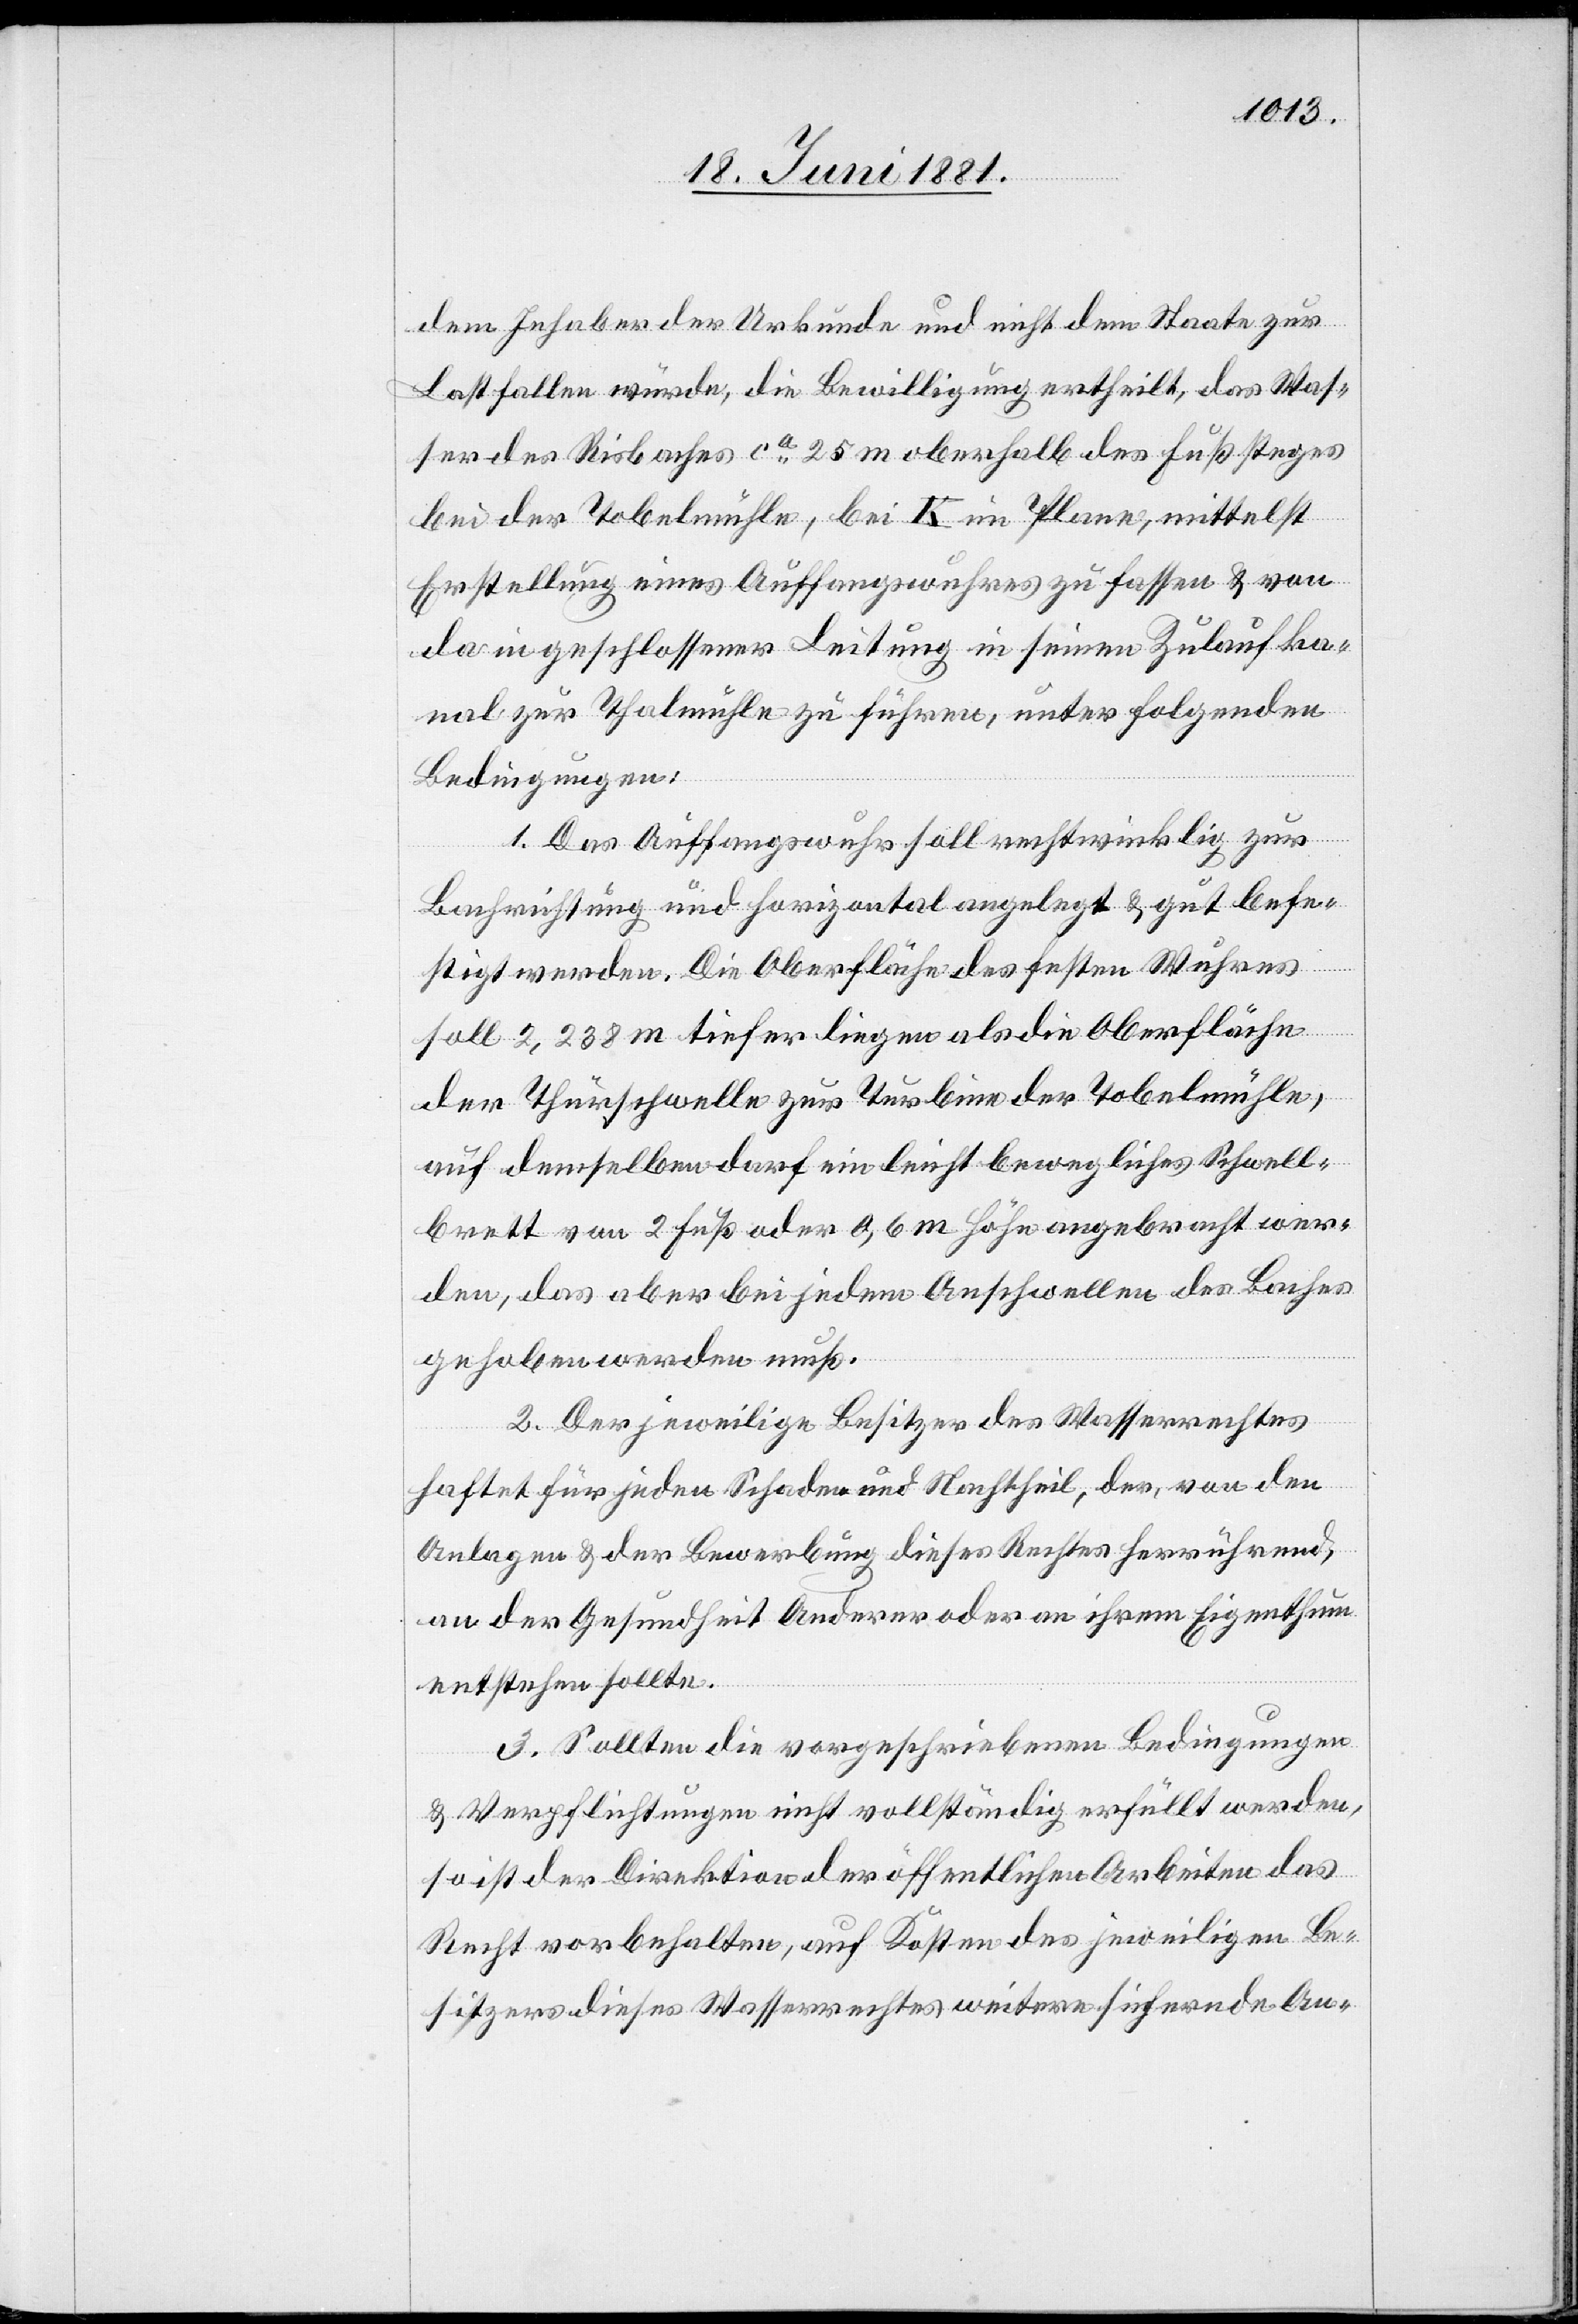
dem Inhaber der Urkunde und nicht dem Staate zur
Last fallen würde, die Bewilligung ertheilt, das Was¬
ser des Risbaches ca 25 m oberhalb des Fußsteges
bei der Tobelmühle, bei K im Plane, mittelst
Erstellung eines Auffangswuhres zu fassen & von
da in geschlossener Leitung in seinen Zulaufka¬
nal zur Thalmühle zu führen, unter folgenden
Bedingungen:
1. Das Auffangswuhr soll rechtwinklig zur
Bachrichtung und horizontal angelegt & gut befe¬
stigt werden. Die Oberfläche des festen Wuhres
soll 2,238 m tiefer liegen als die Oberfläche
der Thürschwelle zur Turbinen der Tobelmühle,
auf demselben darf ein leicht bewegliches Schwell¬
brett von 2 Fuß oder 0,6 m Höhe angebracht wer¬
den, das aber bei jedem Anschwellen des Baches
gehoben werden muß.
2. Der jeweilige Besitzer des Wasserrechtes
haftet für jeden Schaden und Nachtheil, der, von den
Anlagen & der Bewerbung dieses Rechtes herrührend,
an der Gesundheit Anderer oder in ihrem Eigenthum
entstehen sollte.
3. Sollten die vorgeschriebenen Bedingungen
& Verpflichtungen nicht vollständig erfüllt werden,
so ist der Direktion der öffentlichen Arbeiten das
Recht vorbehalten, auf Kosten des jeweiligen Be¬
sitzers dieses Wasserrechtes weitere sichernde An-